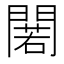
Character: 𨵫